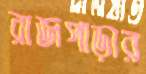
রাজপাড়ার